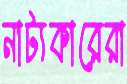
নাট্যকারেরা